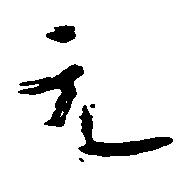
元